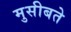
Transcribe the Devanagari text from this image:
मुसीबते